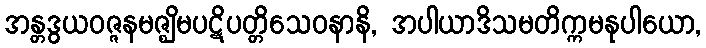
အန္တဒွယဝဇ္ဇနမဇ္ဈိမပဋိပတ္တိသေဝနာနိ, အပါယာဒိသမတိက္ကမနုပါယော,